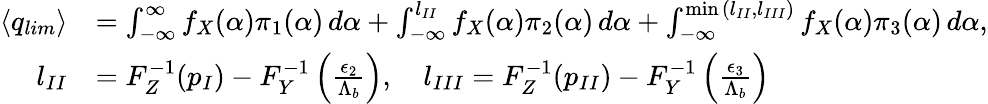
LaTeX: \begin{array}{rl}{\langle q_{lim}\rangle}&{=\int_{-\infty}^{\infty}f_{X}(\alpha){\pi}_{1}(\alpha)\, d\alpha+\int_{-\infty}^{l_{II}}f_{X}(\alpha){\pi}_{2}(\alpha)\, d\alpha+\int_{-\infty}^{\operatorname*{min}{(l_{II},l_{III})}}f_{X}(\alpha){\pi}_{3}(\alpha)\, d\alpha,}\\ {\quad l_{II}}&{=F_{Z}^{-1}(p_{I})-F_{Y}^{-1}\left(\frac{{\epsilon}_{2}}{{\Lambda}_{b}}\right),\quad l_{III}=F_{Z}^{-1}(p_{II})-F_{Y}^{-1}\left(\frac{{\epsilon}_{3}}{{\Lambda}_{b}}\right)}\end{array}